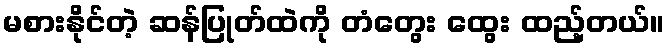
မစားနိုင်တဲ့ ဆန်ပြုတ်ထဲကို တံတွေး ထွေး ထည့်တယ်။